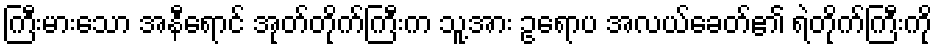
ကြီးမားသော အနီရောင် အုတ်တိုက်ကြီးက သူ့အား ဥရောပ အလယ်ခေတ်၏ ရဲတိုက်ကြီးကို